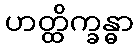
ဟတ္ထိက္ခန္ဓာ